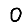
Digit: 0